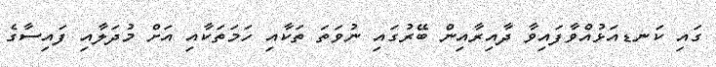
ގައި ކަނޑއަޅުއްވާފައިވާ ދާއިރާއިން ބޭރުގައި ނުވަތަ ތަކާއި ހަމަތަކާއި އަށް މުދަލާއި ފައިސާގެ